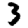
Digit: 3